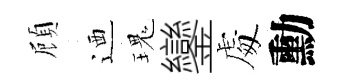
頋迺瑰鑾䖏勳